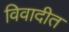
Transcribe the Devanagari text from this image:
विवादीत